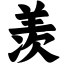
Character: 羡